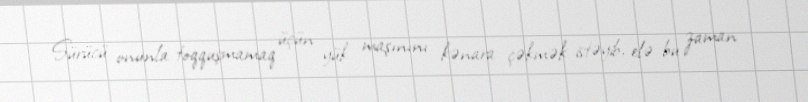
Sürücü onunla toqquşmamaq üçün yük maşınını kənara çəkmək istəyib, elə bu zaman